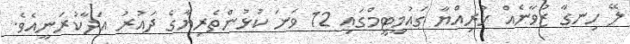
ލޭ ހިނގާ ޒުވާނެއް ހުރިއްޔާ ގައުމީޓީމްގައި 12 ވަނަ ކުޅުންތެރިޔާގެ ދައުރު އަދާކުރަނީއެވެ.